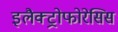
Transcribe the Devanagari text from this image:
इलैक्ट्रोफोरेसिस